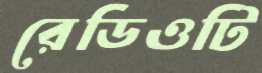
রেডিওটি